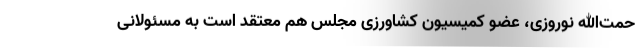
حمت‌الله نوروزی، عضو کمیسیون کشاورزی مجلس هم معتقد است به مسئولانی